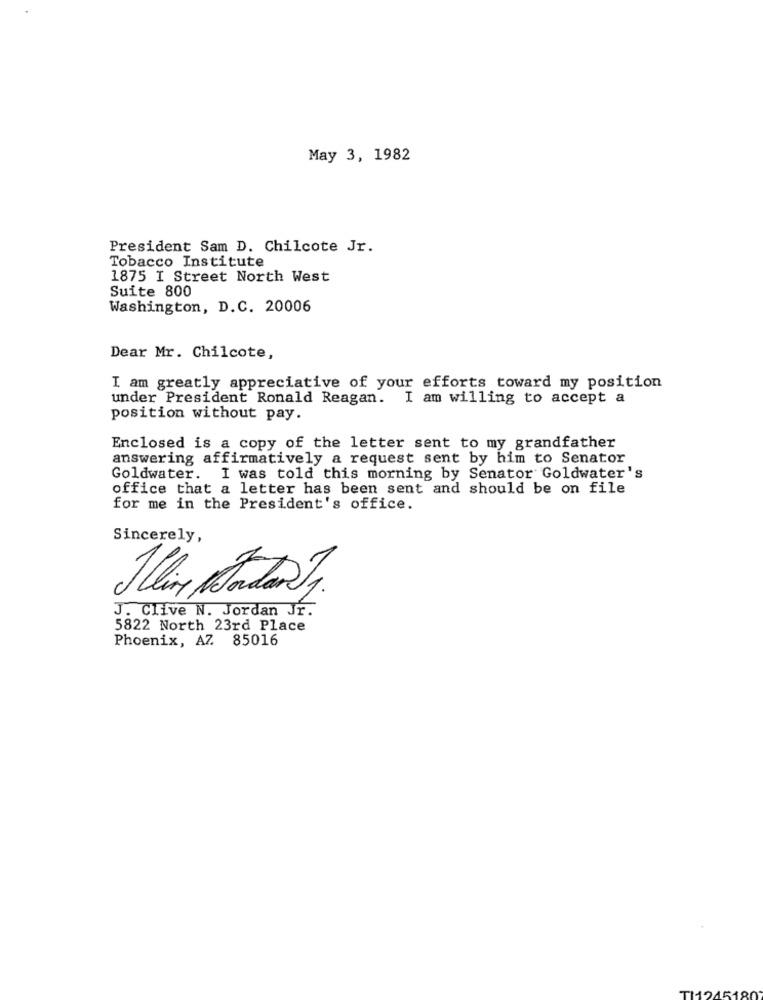
May 3, 1982
President Sam D. Chilcote Jr.
Tobacco Institute
1875 I Street North West
Suite 800
Washington, D.C. 20006
Dear Mr. Chilcote,
I am greatly appreciative of your efforts toward my position
under President Ronald Reagan. I am willing to accept a
position without pay.
Enclosed is a copy of the letter sent to my grandfather
answering affirmatively a request sent by him to Senator
Goldwater. I was told this morning by Senator Goldwater's
office that a letter has been sent and should be on file
for me in the President's office.
Sincerely,
J. Clive N. Jordan Jr.
5822 North 23rd Place
Phoenix, AZ 85016